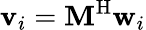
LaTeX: \mathbf{v}_{i}=\mathbf{M}^{\mathrm{H}}\mathbf{w}_{i}